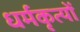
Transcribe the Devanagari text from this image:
धर्मकृत्यों